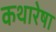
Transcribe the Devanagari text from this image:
कथारेषा